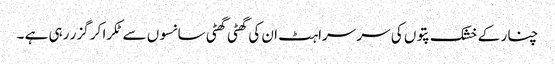
چنار کے خشک پتوں کی سر سراہٹ ان کی گھٹی گھٹی سانسوں سے ٹکرا کر گزر رہی ہے ۔